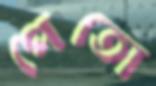
পেতো